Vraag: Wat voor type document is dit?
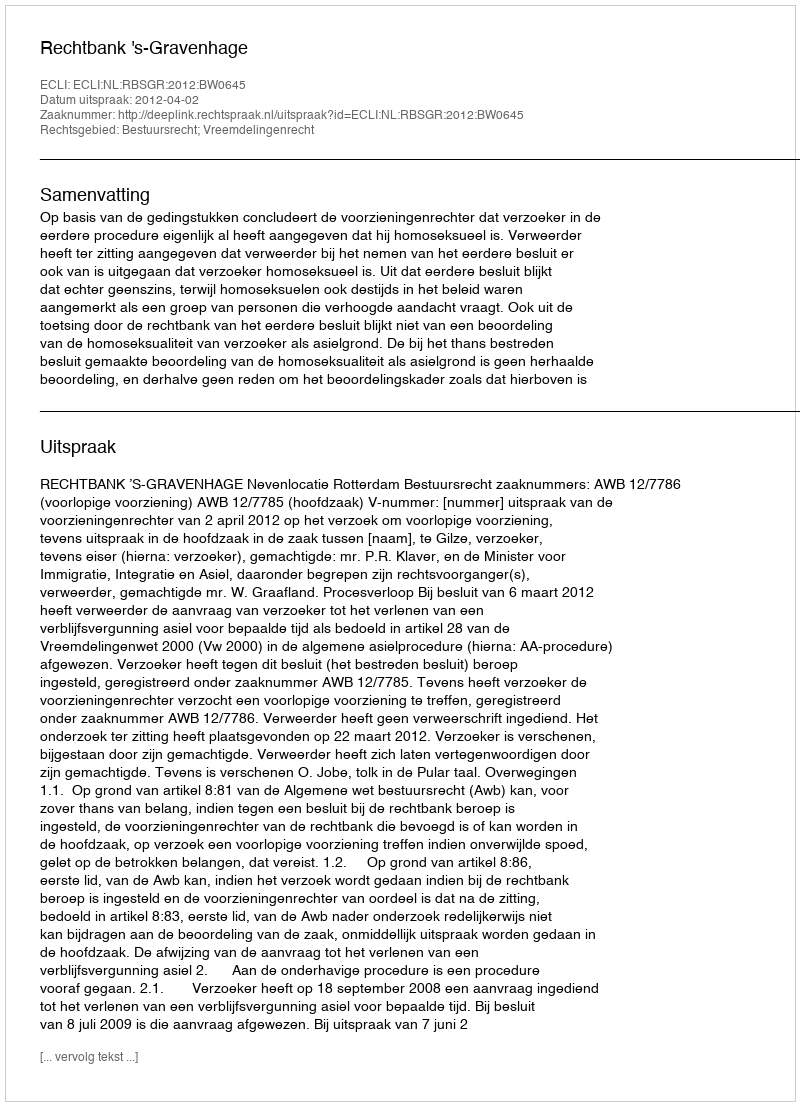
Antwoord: Uitspraak